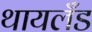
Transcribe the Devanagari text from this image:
थायलँड